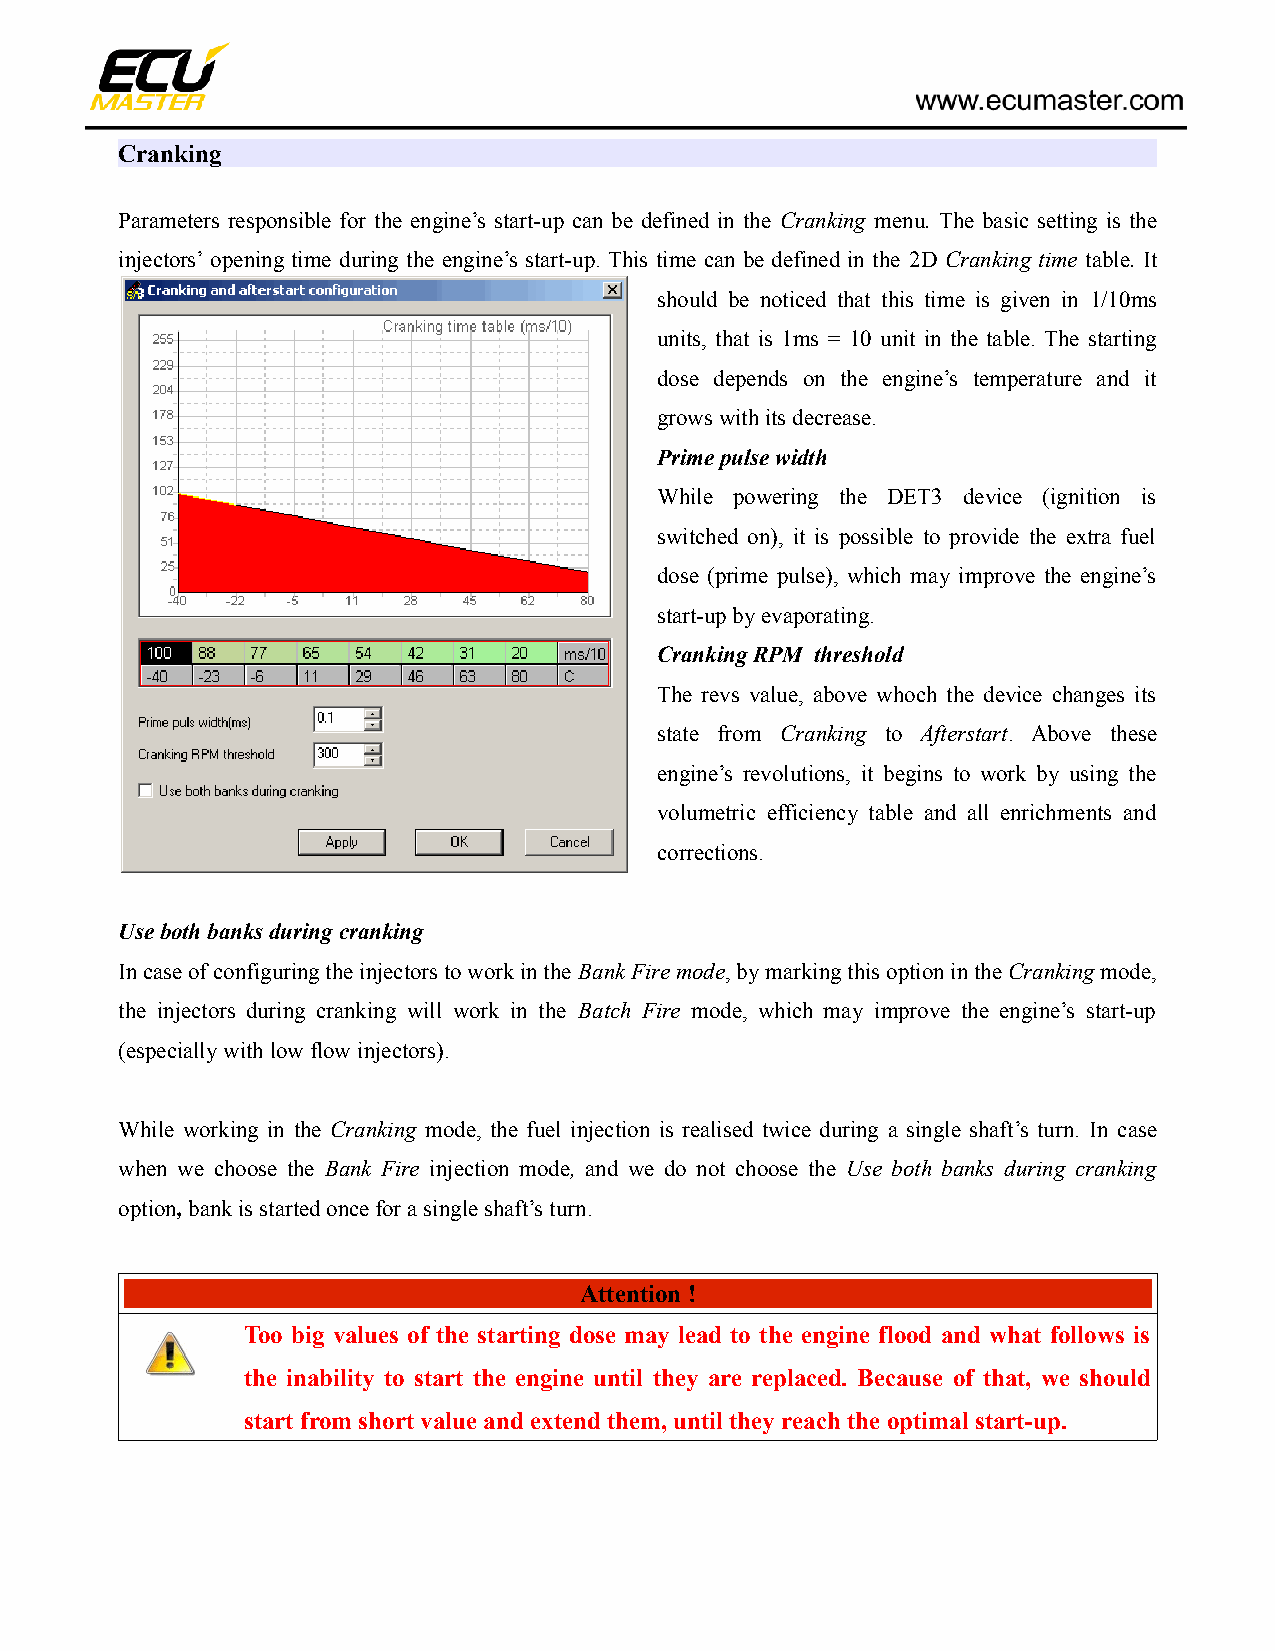
Cranking
 Parameters responsible for the engine’s start-up can be defined in the Cranking menu. The basic setting is the
 injectors’ opening time during the engine’s start-up. This time can be defined in the 2D Cranking time table. It
 should be noticed that this time is given in 1/10ms
 units, that is 1ms = 10 unit in the table. The starting
 dose depends on the engine’s temperature and it
 grows with its decrease.
 Prime pulse width
 While powering the DET3 device (ignition is
 switched on), it is possible to provide the extra fuel
 dose (prime pulse), which may improve the engine’s
 start-up by evaporating.
 Cranking RPM threshold
 The revs value, above whoch the device changes its
 state from Cranking to Afterstart. Above these
 engine’s revolutions, it begins to work by using the
 volumetric efficiency table and all enrichments and
 corrections.
 Use both banks during cranking
 In case of configuring the injectors to work in the Bank Fire mode, by marking this option in the Cranking mode,
 the injectors during cranking will work in the Batch Fire mode, which may improve the engine’s start-up
 (especially with low flow injectors).
 While working in the Cranking mode, the fuel injection is realised twice during a single shaft’s turn. In case
 when we choose the Bank Fire injection mode, and we do not choose the Use both banks during cranking
 option, bank is started once for a single shaft’s turn.
 Attention !
 Too big values of the starting dose may lead to the engine flood and what follows is
 the inability to start the engine until they are replaced. Because of that, we should
 start from short value and extend them, until they reach the optimal start-up.